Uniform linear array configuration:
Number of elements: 8
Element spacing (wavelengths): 0.25
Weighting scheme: binomial
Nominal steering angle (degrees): -15
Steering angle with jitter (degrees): -13.247
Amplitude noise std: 0.05
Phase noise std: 0.05

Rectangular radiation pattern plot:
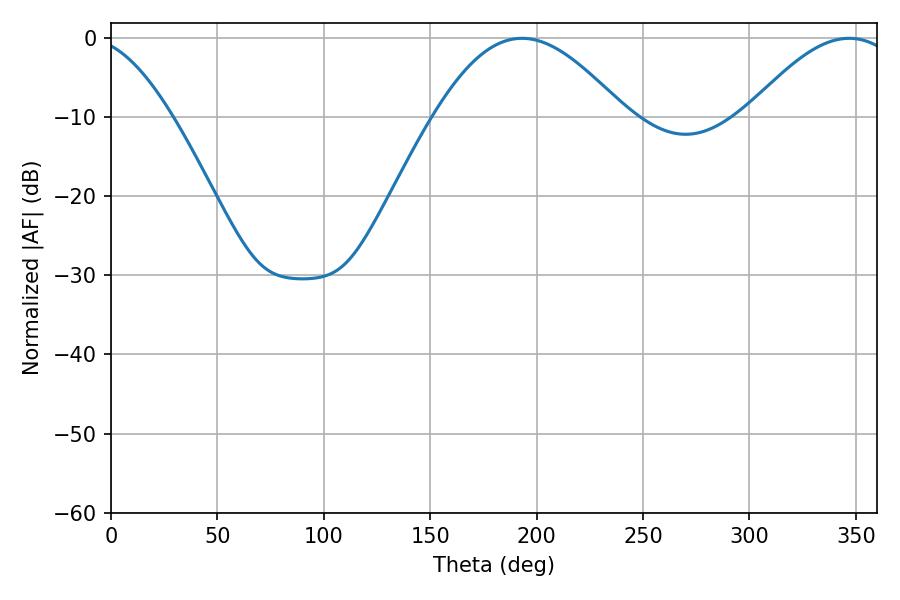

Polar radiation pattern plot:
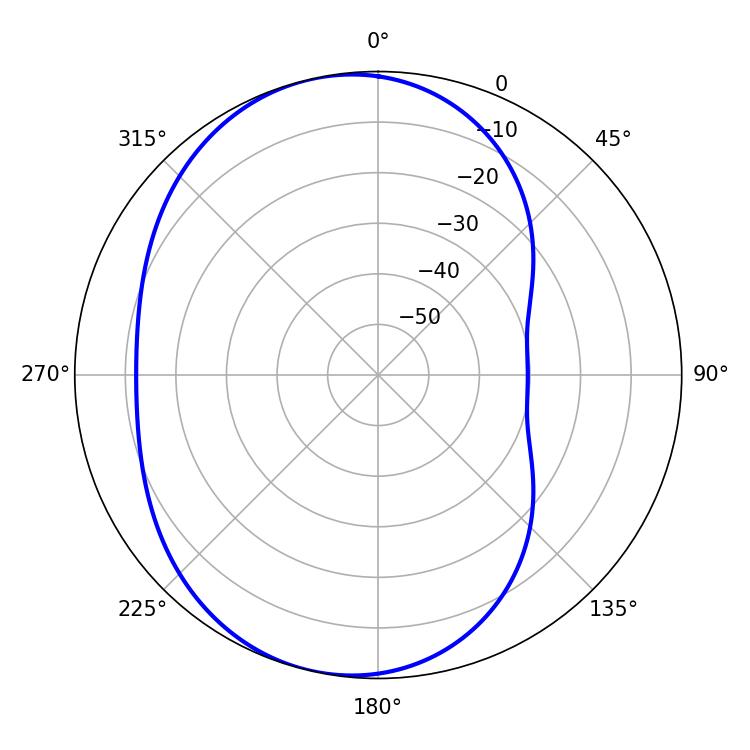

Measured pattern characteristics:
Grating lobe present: FALSE
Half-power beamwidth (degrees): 48.42
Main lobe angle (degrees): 193.14